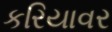
કરિયાવર